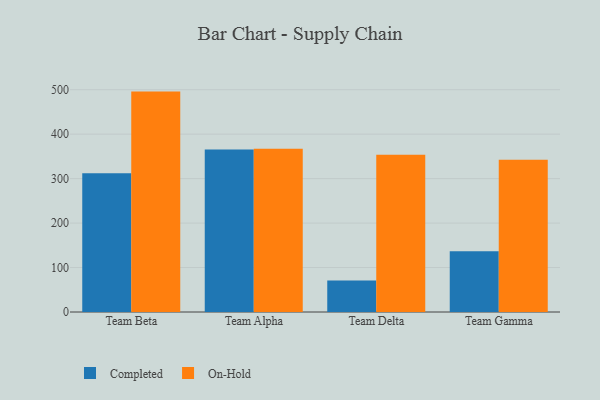
{"axis": {"x": "Team", "y": "Latency (ms)"}, "legend": ["Completed", "On-Hold"], "data": [{"x": "Team Beta", "y": 312.2, "type": "Completed"}, {"x": "Team Beta", "y": 495.7, "type": "On-Hold"}, {"x": "Team Alpha", "y": 365.7, "type": "Completed"}, {"x": "Team Alpha", "y": 367.1, "type": "On-Hold"}, {"x": "Team Delta", "y": 71.1, "type": "Completed"}, {"x": "Team Delta", "y": 353.9, "type": "On-Hold"}, {"x": "Team Gamma", "y": 136.8, "type": "Completed"}, {"x": "Team Gamma", "y": 342.6, "type": "On-Hold"}]}